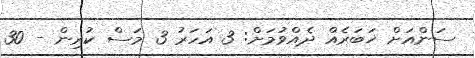
ސަންއަށް ޚަބަރެއް ދެއްވުމަށް: 3 އަހަރު 3 މަސް ކުރިން - 30